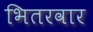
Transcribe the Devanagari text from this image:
भितरवार